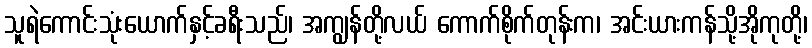
သူရဲကောင်းသုံးယောက်နှင့်ခရီးသည်၊ အကျွန်တို့လယ် ကောက်စိုက်တုန်းက၊ အင်းယားကန်သို့အိုကုတို့၊